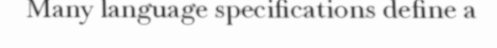
Many language specifications define a